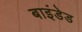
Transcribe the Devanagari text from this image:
बाइंडेड